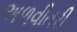
અળવીતરી